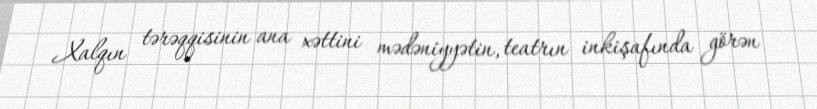
Xalqın tərəqqisinin ana xəttini mədəniyyətin, teatrın inkişafında görən